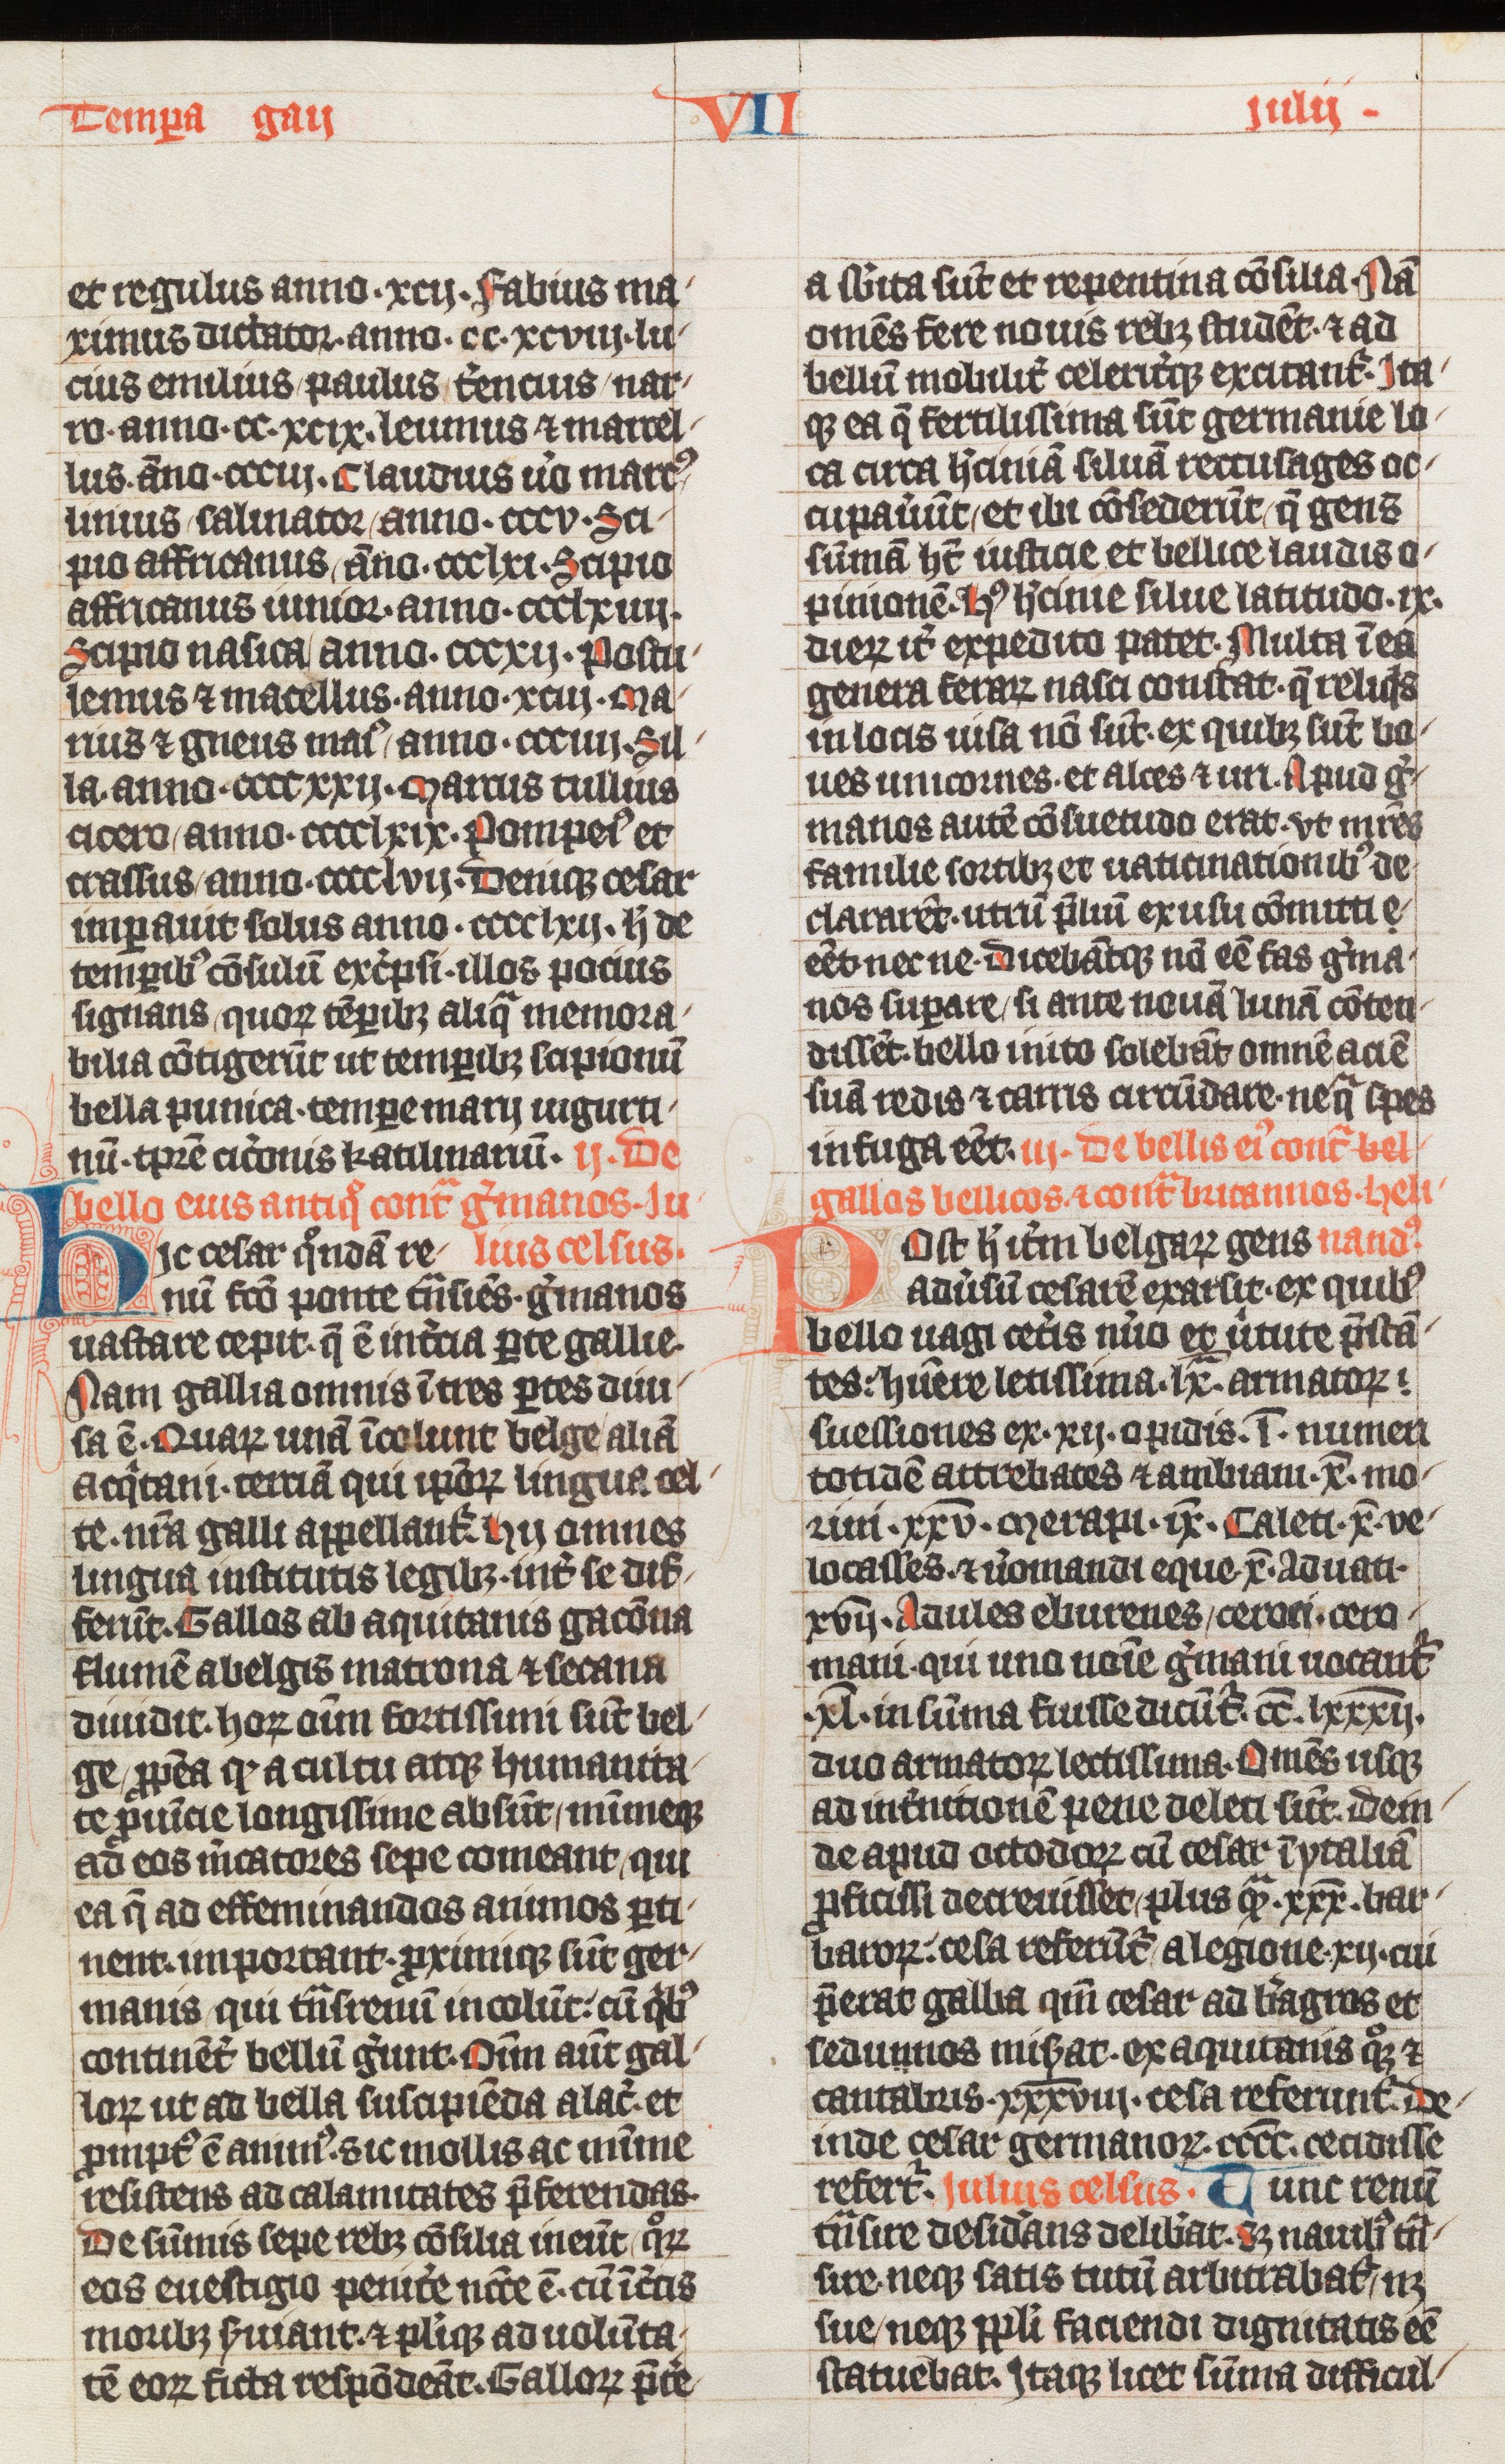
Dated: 1338–1338